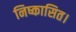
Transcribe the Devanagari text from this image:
निष्कासित।